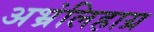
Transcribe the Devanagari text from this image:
अभ्रंलिहाग्र